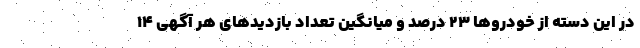
در این دسته از خودروها ۲۳ درصد و میانگین تعداد بازدیدهای هر آگهی ۱۴